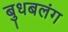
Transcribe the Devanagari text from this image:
बुधबलंग